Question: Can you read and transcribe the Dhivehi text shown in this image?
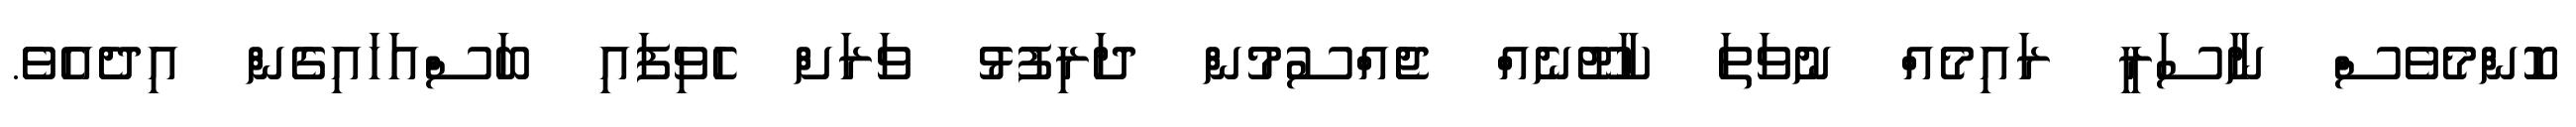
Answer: ކޮންމެވެސް ނާސަރީ ރައިމެއް ނުވަތަ ކާޓޫނެއް ޖެއްސުމުން ދަރިފުޅު ވަރަށް ހެވިފައި ބަސްއަހައިގެން އިދެއެވެ.